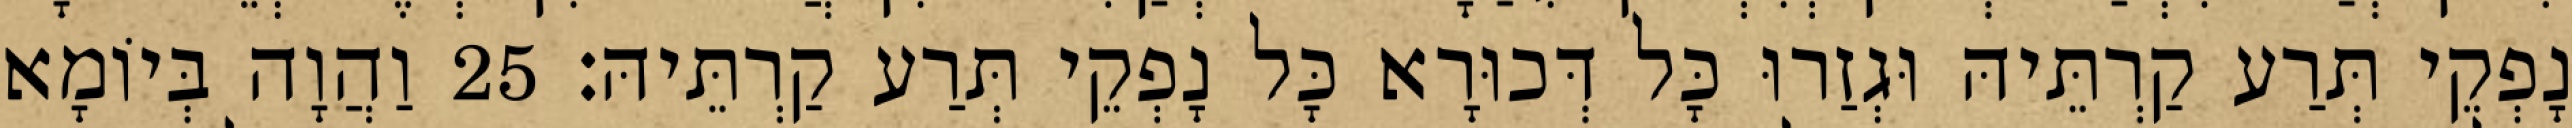
נָפְקֵי תְּרַע קַרְתֵּיהּ וּגְזַרוּ כָּל דְּכוּרָא כָּל נָפְקֵי תְּרַע קַרְתֵּיהּ׃ 25 וַהֲוָה בְּיוֹמָא